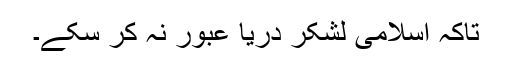
تاکہ اسلامی لشکر دریا عبور نہ کر سکے۔